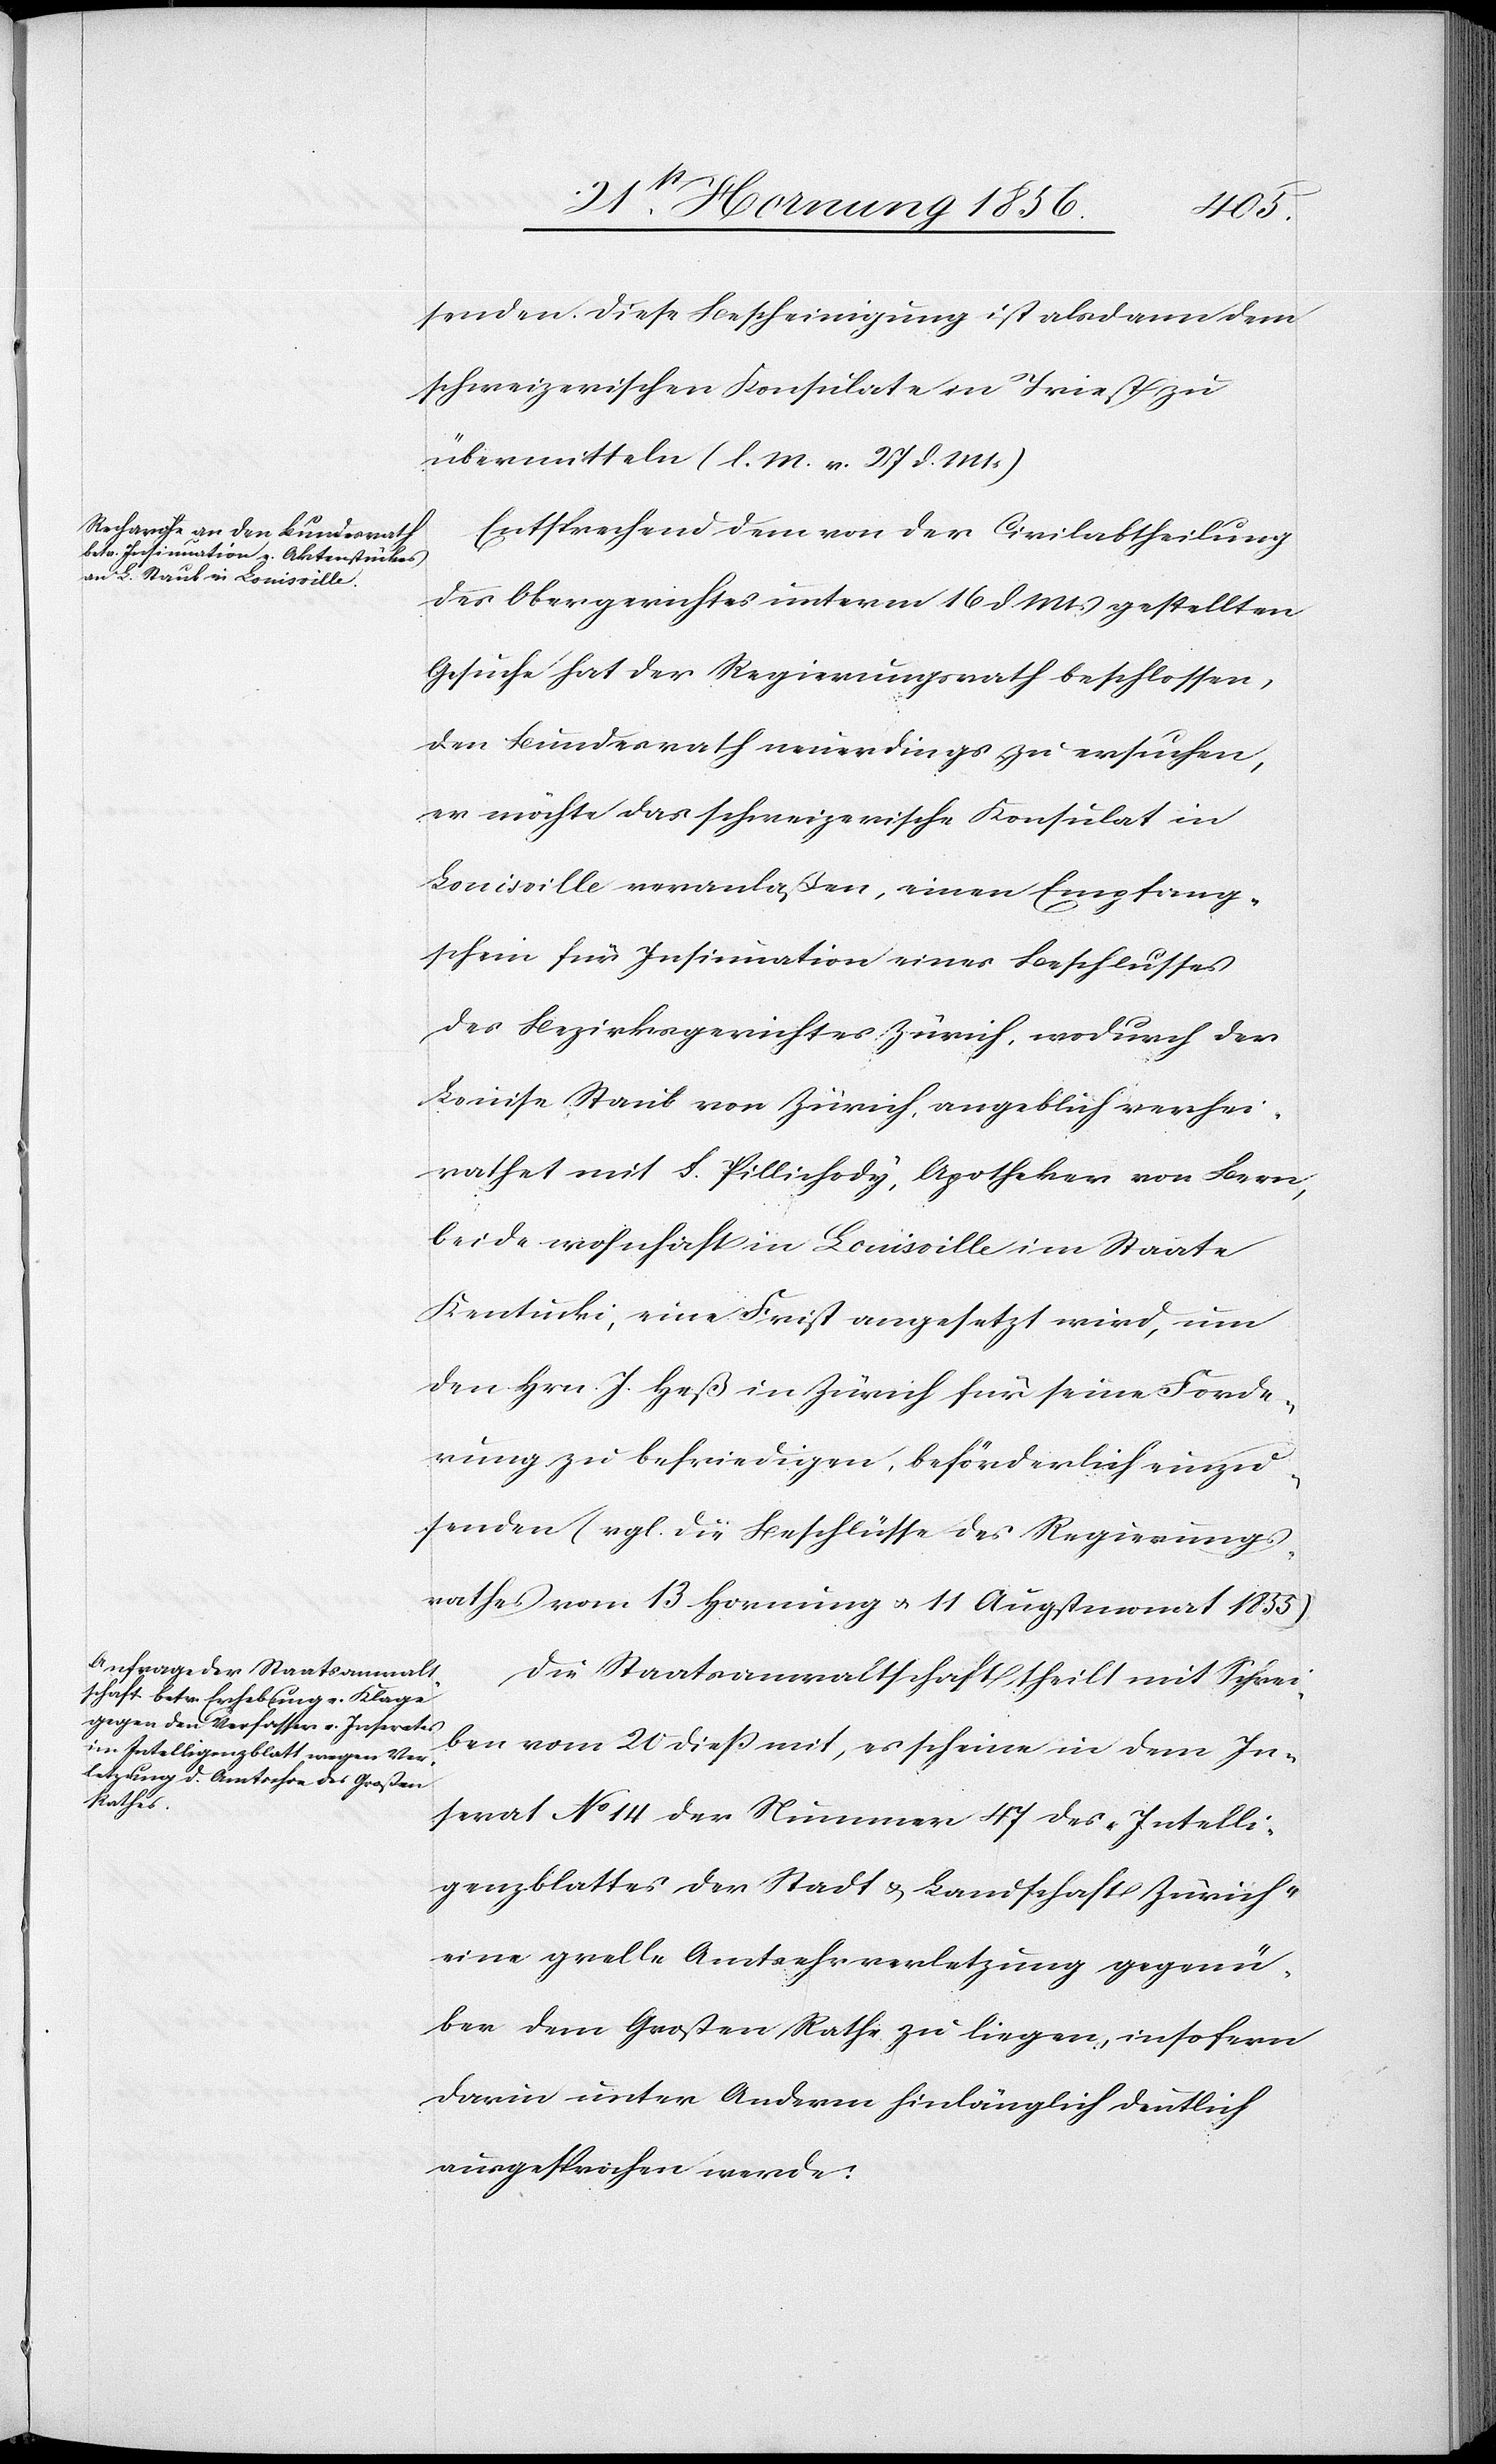
senden. Diese Bescheinigung ist alsdann dem
schweizerischen Konsulate in Triest zu
übermitteln (l. M. v. 27 d. Mts)[.]
Entsprechend dem von der Civilabtheilung
des Obergerichtes unterm 16 d. Mts gestellten
Gesuche hat der Regierungsrath beschlossen,
den Bundesrath neuerdings zu ersuchen,
er möchte das schweizerische Konsulat in
Louisville veranlaßen, einen Empfang¬
schein für Insinuation eines Beschlusses
des Bezirksgerichtes Zürich, wodurch der
Louise Staub von Zürich, angeblich verhei¬
rathet mit S. Pillichody, Apotheker von Bern,
beide wohnhaft in Louisville im Staate
Kentucki, eine Frist angesetzt wird, um
den Hrn. J. Heß in Zürich für seine Forde¬
rung zu befriedigen, beförderlich einzu¬
senden (vgl. die Beschlüsse des Regierungs¬
rathes vom 13 Hornung u. 11 Augstmonat 1855).
Die Staatsanwaltschaft theilt mit Schrei¬
ben vom 20 dieß mit, es scheine in dem In¬
serat No 14 der Nummer 47 des „Intelli¬
genzblattes der Stadt & Landschaft Zürich“
eine grelle Amtsehrverletzung gegenü¬
ber dem Großen Rathe zu liegen, insofern
darin unter Anderm hinlänglich deutlich
ausgesprochen werde: